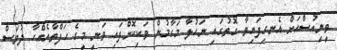
ވީނިއުސްއަށް އެނގިފައިވާ ގޮތުގައި ނަހުލާ މަގާމުން ވަކިކޮށްފައި ވަނީ މީގެ ހަފްތާއެއްހާ ދުވަސް